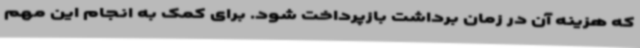
که هزینه آن در زمان برداشت بازپرداخت شود. برای کمک به انجام این مهم